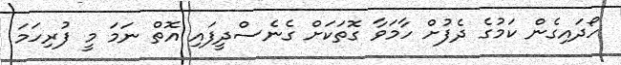
ހޯދައިގެން ކަމުގެ ދެފުށް ހާމަވާ ގޮތަކަށް ގެނެސްދީފައި އޮތް ނަމަ މީ ފުރިހަމަ